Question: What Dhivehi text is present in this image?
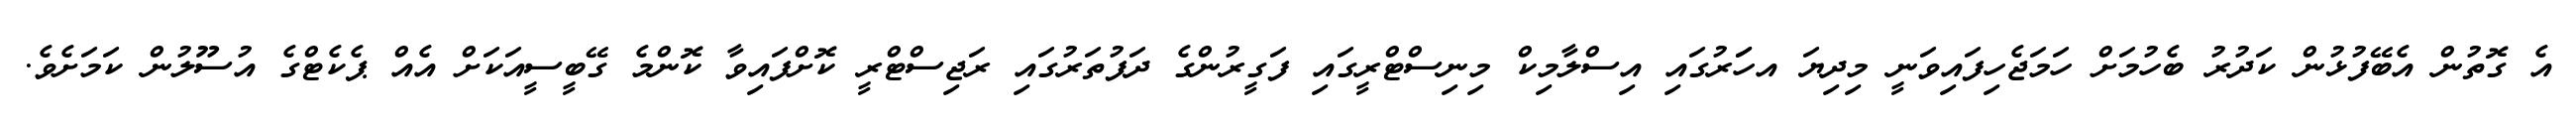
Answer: އެ ގޮތުން އެބޭފުޅުން ކަދުރު ބެހުމަށް ހަމަޖެހިފައިވަނީ މިދިޔަ އހަަރުގައި އިސްލާމިކް މިނިސްޓްރީގައި ފަގީރުންގެ ދަފުތަރުގައި ރަޖިސްޓްރީ ކޮށްފައިވާ ކޮންމެ ގޭބީސީއަކަށް އެއް ޕެކެޓްގެ އުސޫލުން ކަމަށެވެ.